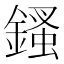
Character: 𨪊